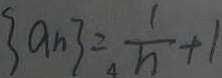
\{ a _ { n } \} = \frac { 1 } { n } + 1